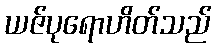
ယဇ်ပုရောဟိတ်သည်